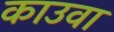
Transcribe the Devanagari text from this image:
काउवा